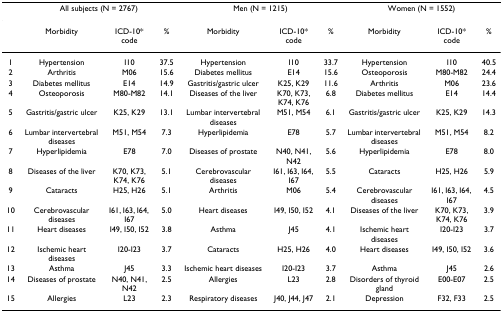
<table><thead><tr><td></td><td colspan="3"><b>All subjects (N = 2767)</b></td><td colspan="3"><b>Men (N = 1215)</b></td><td colspan="3"><b>Women (N = 1552)</b></td></tr></thead><tbody><tr><td></td><td>Morbidity</td><td>ICD-10* code</td><td>%</td><td>Morbidity</td><td>ICD-10* code</td><td>%</td><td>Morbidity</td><td>ICD-10* code</td><td>%</td></tr><tr><td>1</td><td>Hypertension</td><td>I10</td><td>37.5</td><td>Hypertension</td><td>I10</td><td>33.7</td><td>Hypertension</td><td>I10</td><td>40.5</td></tr><tr><td>2</td><td>Arthritis</td><td>M06</td><td>15.6</td><td>Diabetes mellitus</td><td>E14</td><td>15.6</td><td>Osteoporosis</td><td>M80-M82</td><td>24.4</td></tr><tr><td>3</td><td>Diabetes mellitus</td><td>E14</td><td>14.9</td><td>Gastritis/gastric ulcer</td><td>K25, K29</td><td>11.6</td><td>Arthritis</td><td>M06</td><td>23.6</td></tr><tr><td>4</td><td>Osteoporosis</td><td>M80-M82</td><td>14.1</td><td>Diseases of the liver</td><td>K70, K73, K74, K76</td><td>6.8</td><td>Diabetes mellitus</td><td>E14</td><td>14.4</td></tr><tr><td>5</td><td>Gastritis/gastric ulcer</td><td>K25, K29</td><td>13.1</td><td>Lumbar intervertebral diseases</td><td>M51, M54</td><td>6.1</td><td>Gastritis/gastric ulcer</td><td>K25, K29</td><td>14.3</td></tr><tr><td>6</td><td>Lumbar intervertebral diseases</td><td>M51, M54</td><td>7.3</td><td>Hyperlipidemia</td><td>E78</td><td>5.7</td><td>Lumbar intervertebral diseases</td><td>M51, M54</td><td>8.2</td></tr><tr><td>7</td><td>Hyperlipidemia</td><td>E78</td><td>7.0</td><td>Diseases of prostate</td><td>N40, N41, N42</td><td>5.6</td><td>Hyperlipidemia</td><td>E78</td><td>8.0</td></tr><tr><td>8</td><td>Diseases of the liver</td><td>K70, K73, K74, K76</td><td>5.1</td><td>Cerebrovascular diseases</td><td>I61, I63, I64, I67</td><td>5.5</td><td>Cataracts</td><td>H25, H26</td><td>5.9</td></tr><tr><td>9</td><td>Cataracts</td><td>H25, H26</td><td>5.1</td><td>Arthritis</td><td>M06</td><td>5.4</td><td>Cerebrovascular diseases</td><td>I61, I63, I64, I67</td><td>4.5</td></tr><tr><td>10</td><td>Cerebrovascular diseases</td><td>I61, I63, I64, I67</td><td>5.0</td><td>Heart diseases</td><td>I49, I50, I52</td><td>4.1</td><td>Diseases of the liver</td><td>K70, K73, K74, K76</td><td>3.9</td></tr><tr><td>11</td><td>Heart diseases</td><td>I49, I50, I52</td><td>3.8</td><td>Asthma</td><td>J45</td><td>4.1</td><td>Ischemic heart diseases</td><td>I20-I23</td><td>3.7</td></tr><tr><td>12</td><td>Ischemic heart diseases</td><td>I20-I23</td><td>3.7</td><td>Cataracts</td><td>H25, H26</td><td>4.0</td><td>Heart diseases</td><td>I49, I50, I52</td><td>3.6</td></tr><tr><td>13</td><td>Asthma</td><td>J45</td><td>3.3</td><td>Ischemic heart diseases</td><td>I20-I23</td><td>3.7</td><td>Asthma</td><td>J45</td><td>2.6</td></tr><tr><td>14</td><td>Diseases of prostate</td><td>N40, N41, N42</td><td>2.5</td><td>Allergies</td><td>L23</td><td>2.8</td><td>Disorders of thyroid gland</td><td>E00-E07</td><td>2.5</td></tr><tr><td>15</td><td>Allergies</td><td>L23</td><td>2.3</td><td>Respiratory diseases</td><td>J40, J44, J47</td><td>2.1</td><td>Depression</td><td>F32, F33</td><td>2.5</td></tr></tbody></table>